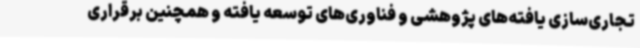
تجاری‌سازی یافته‌های پژوهشی و فناوری‌های توسعه یافته و همچنین برقراری